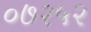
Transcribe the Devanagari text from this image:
०७२५२